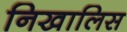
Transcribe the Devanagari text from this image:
निखालिस